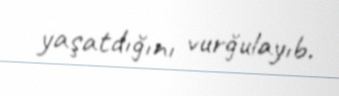
yaşatdığını vurğulayıb.